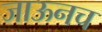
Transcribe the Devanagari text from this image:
जाऊनच